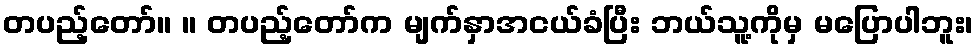
တပည့်တော်။ ။ တပည့်တော်က မျက်နှာအငယ်ခံပြီး ဘယ်သူ့ကိုမှ မပြောပါဘူး၊